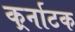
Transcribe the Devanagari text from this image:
कर्र्नाटक